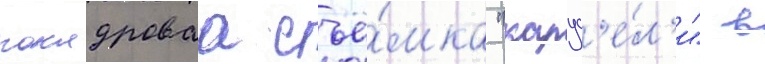
покадроваа съё́мка "карус'е́л'и" в